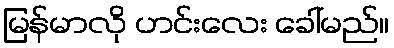
မြန်မာလို ဟင်းလေး ခေါ်မည်။